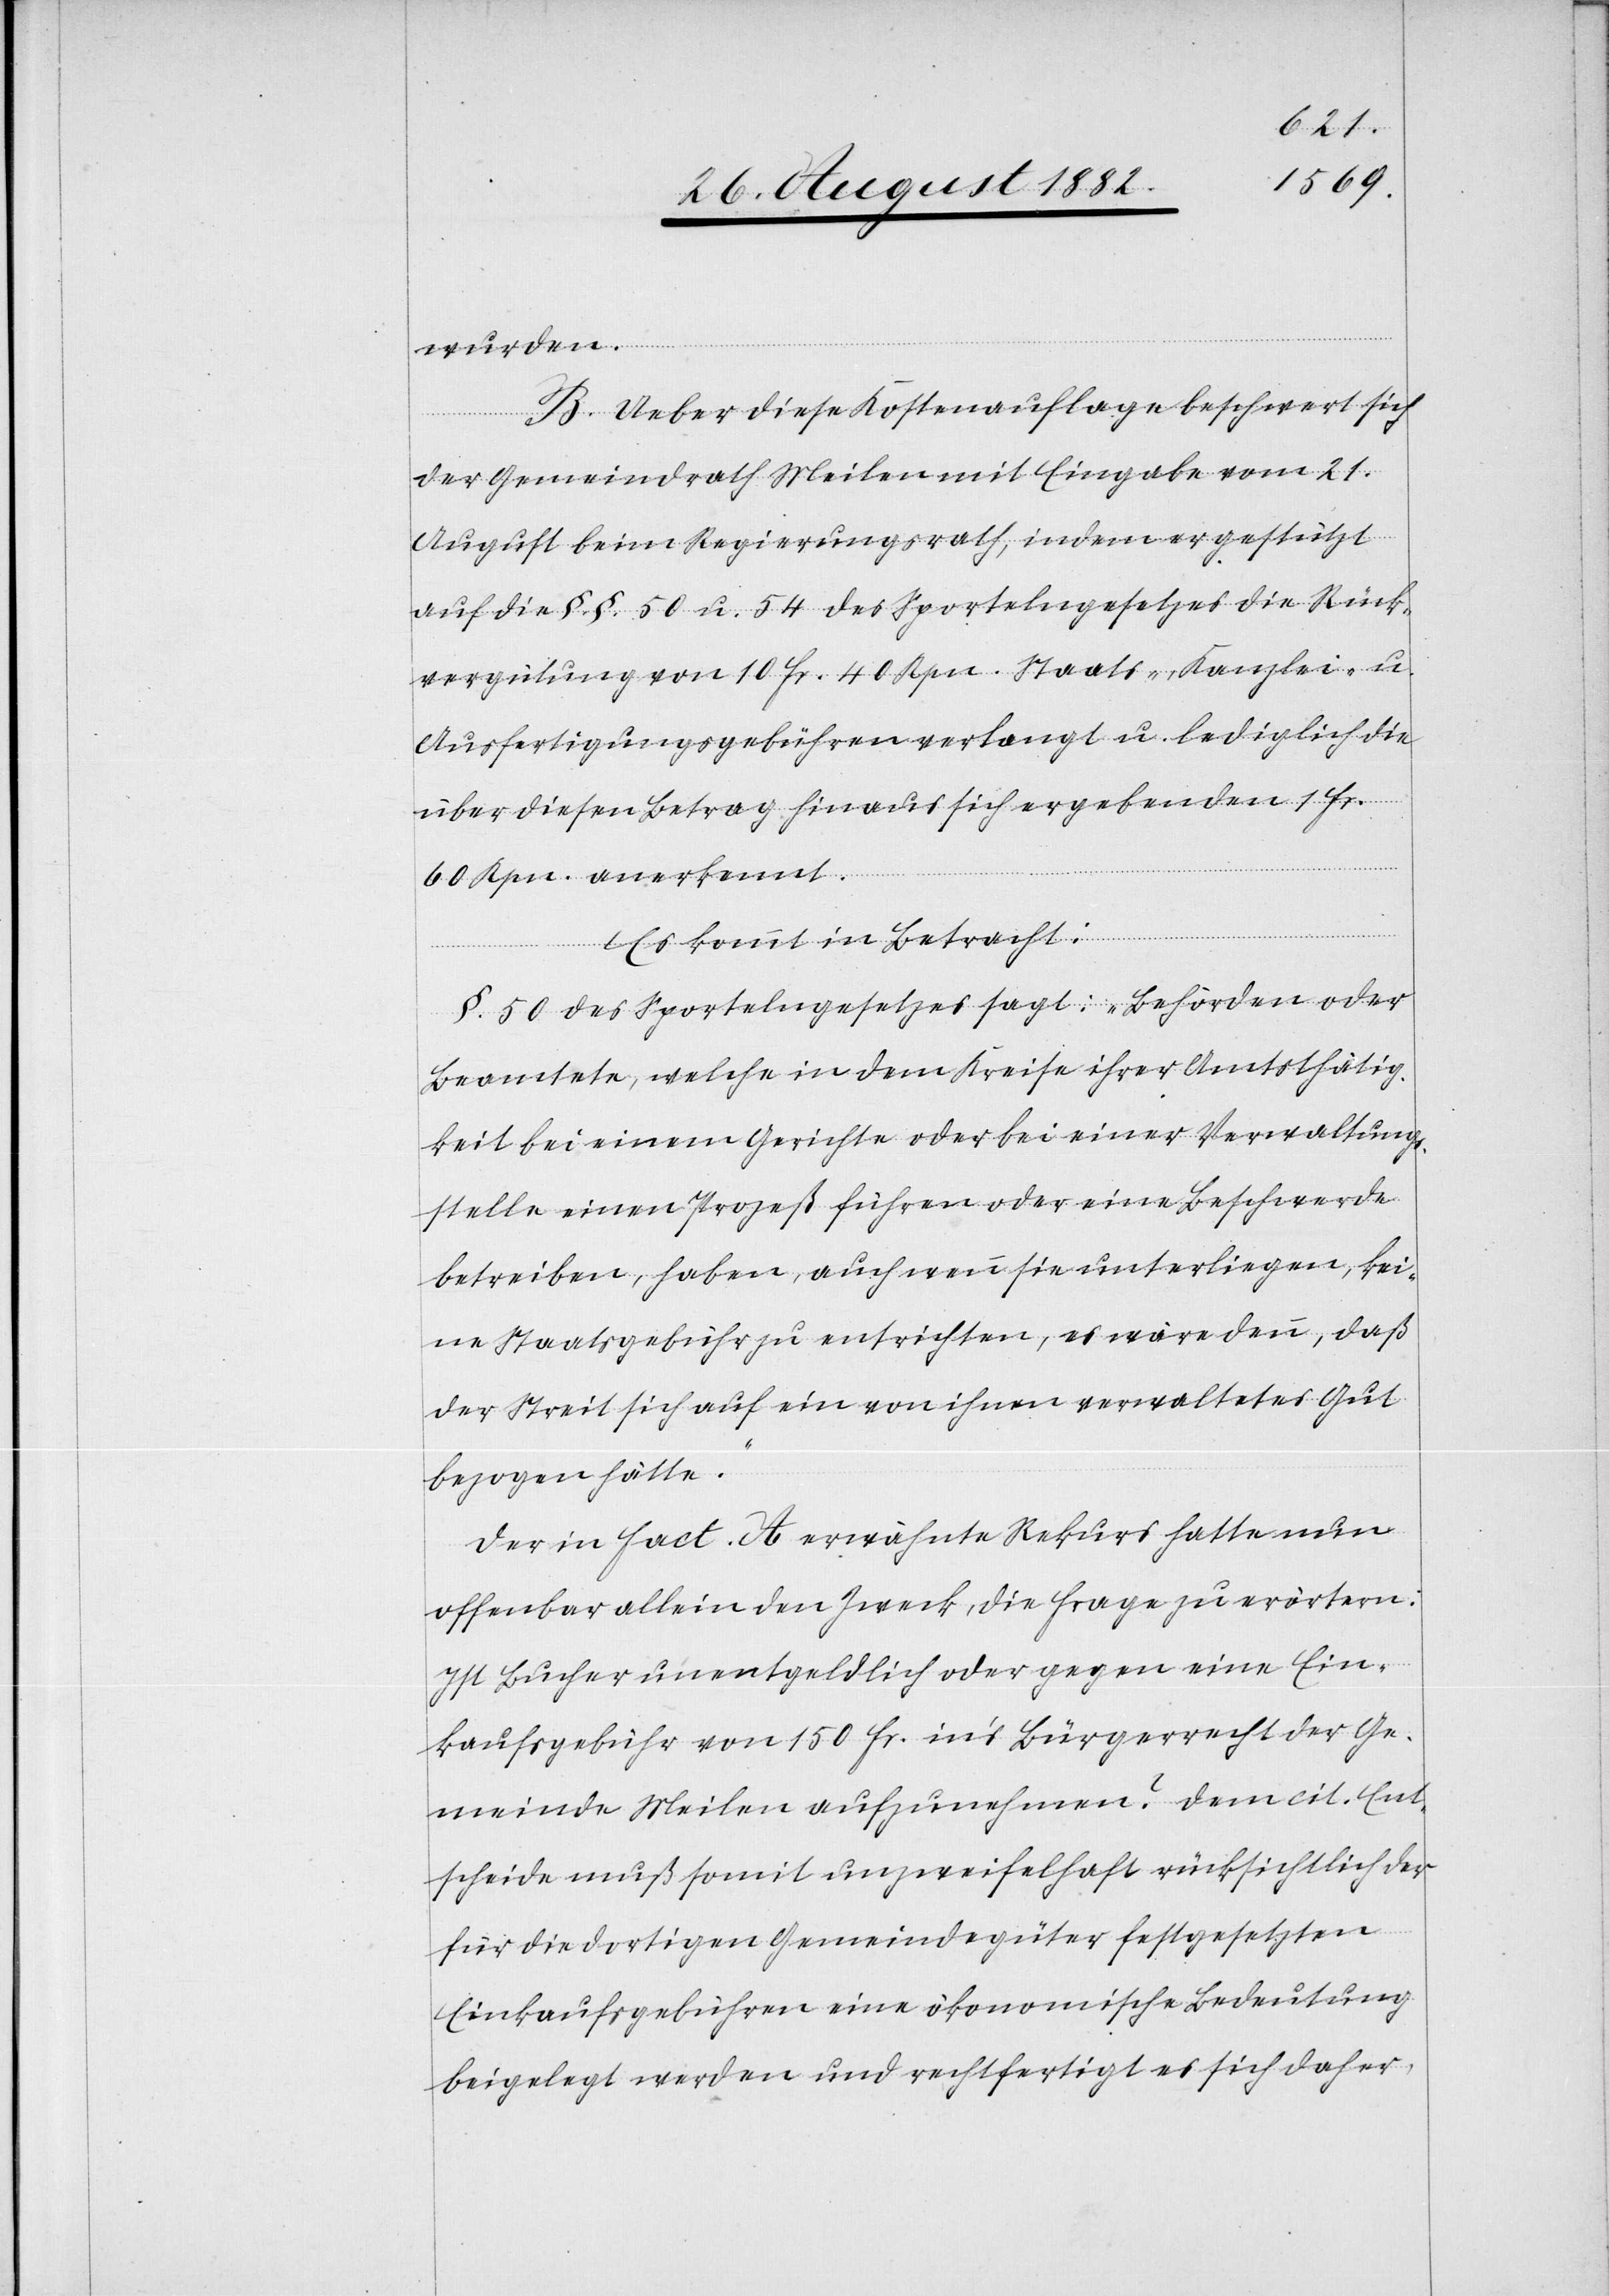
wurden.
B. Ueber diese Kostenauflage beschwert sich
der Gemeindrath Meilen mit Eingabe vom 21.
August beim Regierungsrath, indem er gestützt
auf die §. §. 50 u. 54 des Sportelngesetzes die Rück¬
vergütung von 10 Fr. 40 Rpn. Staats-, Kanzlei- u.
Ausfertigungsgebühren verlangt u. lediglich die
über diesen Betrag hinaus sich ergebenden 1 Fr.
60 Rpn. anerkennt.
Es kommt in Betracht:
§. 50 des Sportelngesetzes sagt: „Behörden oder
Beamtete, welche in dem Kreise ihrer Amtsthätig¬
keit bei einem Gerichte oder bei einer Verwaltung¬
sstelle einen Prozeß führen oder eine Beschwerde
betreiben, haben, auch wenn sie unterliegen, kei¬
ne Staatsgebühr zu entrichten, es wäre denn, daß
der Streit sich auf ein von ihnen verwaltetes Gut
bezogen hätte.“
Der in Fact. A erwähnte Rekurs hatte nun
offenbar allein den Zweck, die Frage zu erörtern:
Ist Bucher unentgeldlich oder gegen eine Ein¬
kaufsgebühr von 150 Fr. in’s Bürgerrecht der Ge¬
meinde Meilen aufzunehmen? Dem cit. Ent¬
scheide muß somit unzweifelhaft rücksichtlich der
für die dortigen Gemeindegüter festgesetzten
Einkaufsgebühren eine ökonomische Bedeutung
beigelegt werden und rechtfertigt es sich daher,